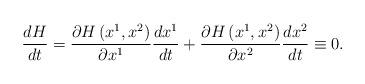
LaTeX: \begin{align*} \frac{dH}{dt}=\frac{\partial H\left(x^1,x^2\right)}{\partial x^1}\frac{dx^1}{dt}+\frac{\partial H\left(x^1,x^2\right)}{\partial x^2}\frac{dx^2}{dt}\equiv0.\end{align*}